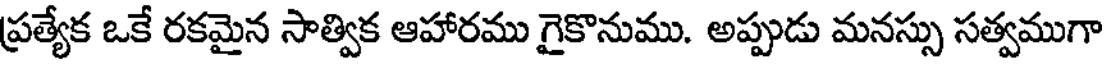
ప్రత్యేక ఒకే రకమైన సాత్విక ఆహారము గైకొనుము. అప్పుడు మనస్సు సత్వముగా